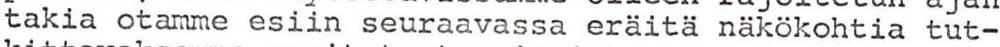
takia otamme esiin seuraavassa eräitä näkökohtia tut-